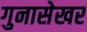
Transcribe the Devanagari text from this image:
गुनासेखर